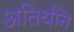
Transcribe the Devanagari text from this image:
अतिथीनॆ